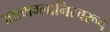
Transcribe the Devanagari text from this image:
आत्मग्लानिस्वरूप